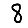
Digit: 8